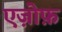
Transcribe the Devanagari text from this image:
एज़ोफ़